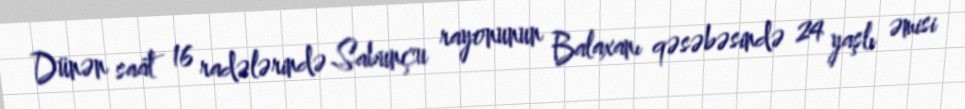
Dünən saat 16 radələrində Sabunçu rayonunun Balaxanı qəsəbəsində 24 yaşlı əmisi